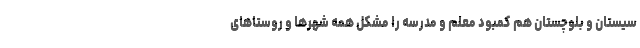
سیستان و بلوچستان هم کمبود معلم و مدرسه را مشکل همه شهرها و روستاهای